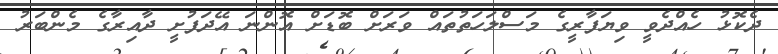
ދެކޮޅު ހެއްދެވީ ވިޔަފާރީގެ މަސްލަހަތުތައް ވަރަށް ބޮޑަށް އޮންނަ އޭދަފުށީ ދާއިރާގެ މެންބަރު